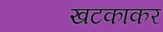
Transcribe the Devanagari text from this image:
खटकाकर